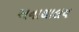
અનાથાલય